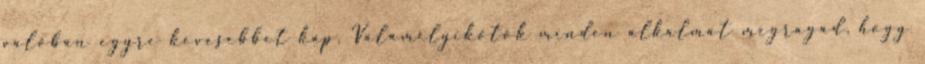
valóban egyre kevesebbet kap. Valamelyikőtök minden alkalmat megragad, hogy